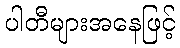
ပါတီများအနေဖြင့်